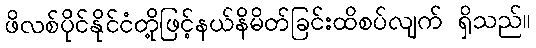
ဖိလစ်ပိုင်နိုင်ငံတို့ဖြင့်နယ်နိမိတ်ခြင်းထိစပ်လျက် ရှိသည်။